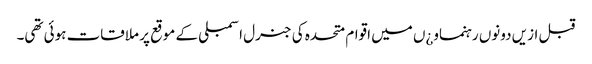
قبل ازیں دونوں رہنماو¿ں میں اقوام متحدہ کی جنرل اسمبلی کے موقع پر ملاقات ہوئی تھی۔